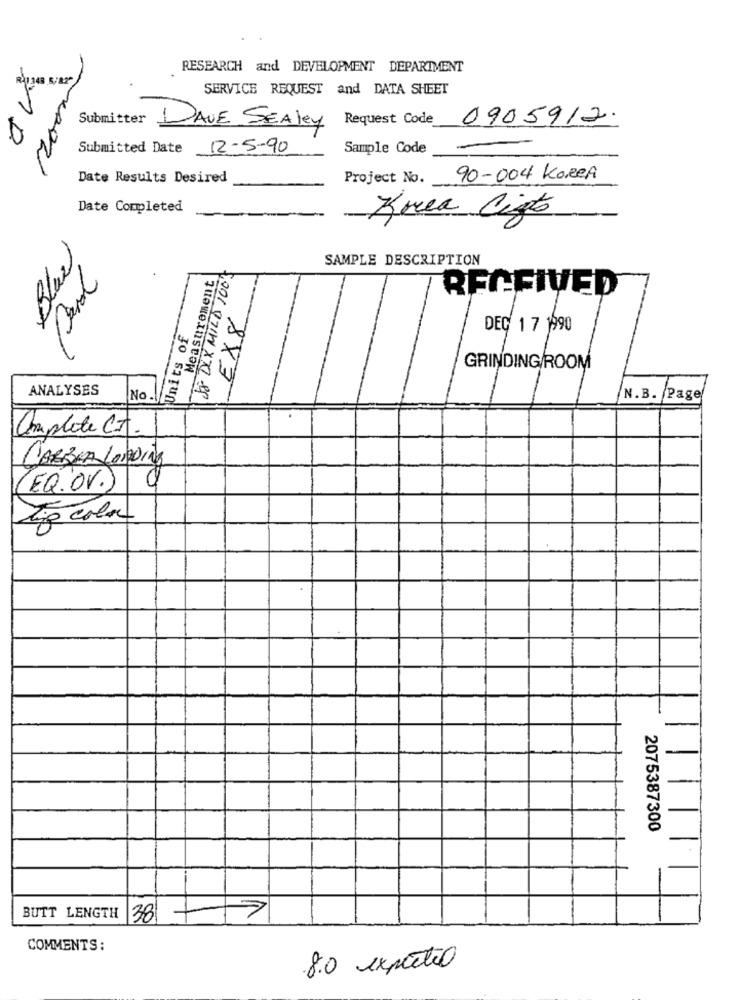
RESEARCH and DEVELOPMENT DEPARTMENT
SERVICE REQUEST and DATA SHEET
Submitter
Request Code
0905912.
DAVE SEAley
Submitted Date 12-5-90
Sample Code
Date Results Desired
Project No.
90-004 Korea
Date Completed
Krea Cigts
Blue
SAMPLE DESCRIPTION
JE DIX MILD 100%
Measurement
RFCFIVED
EX8
Units of
DEC 1 7 1990
41
GRINDING/ROOM
ANALYSES
No
N.B. Page
Complete C.T.
CARBAM LORDing
(EQ .. V.)
Tio cola
2075387300
BUTT LENGTH
38
COMMENTS:
8.0 expertio